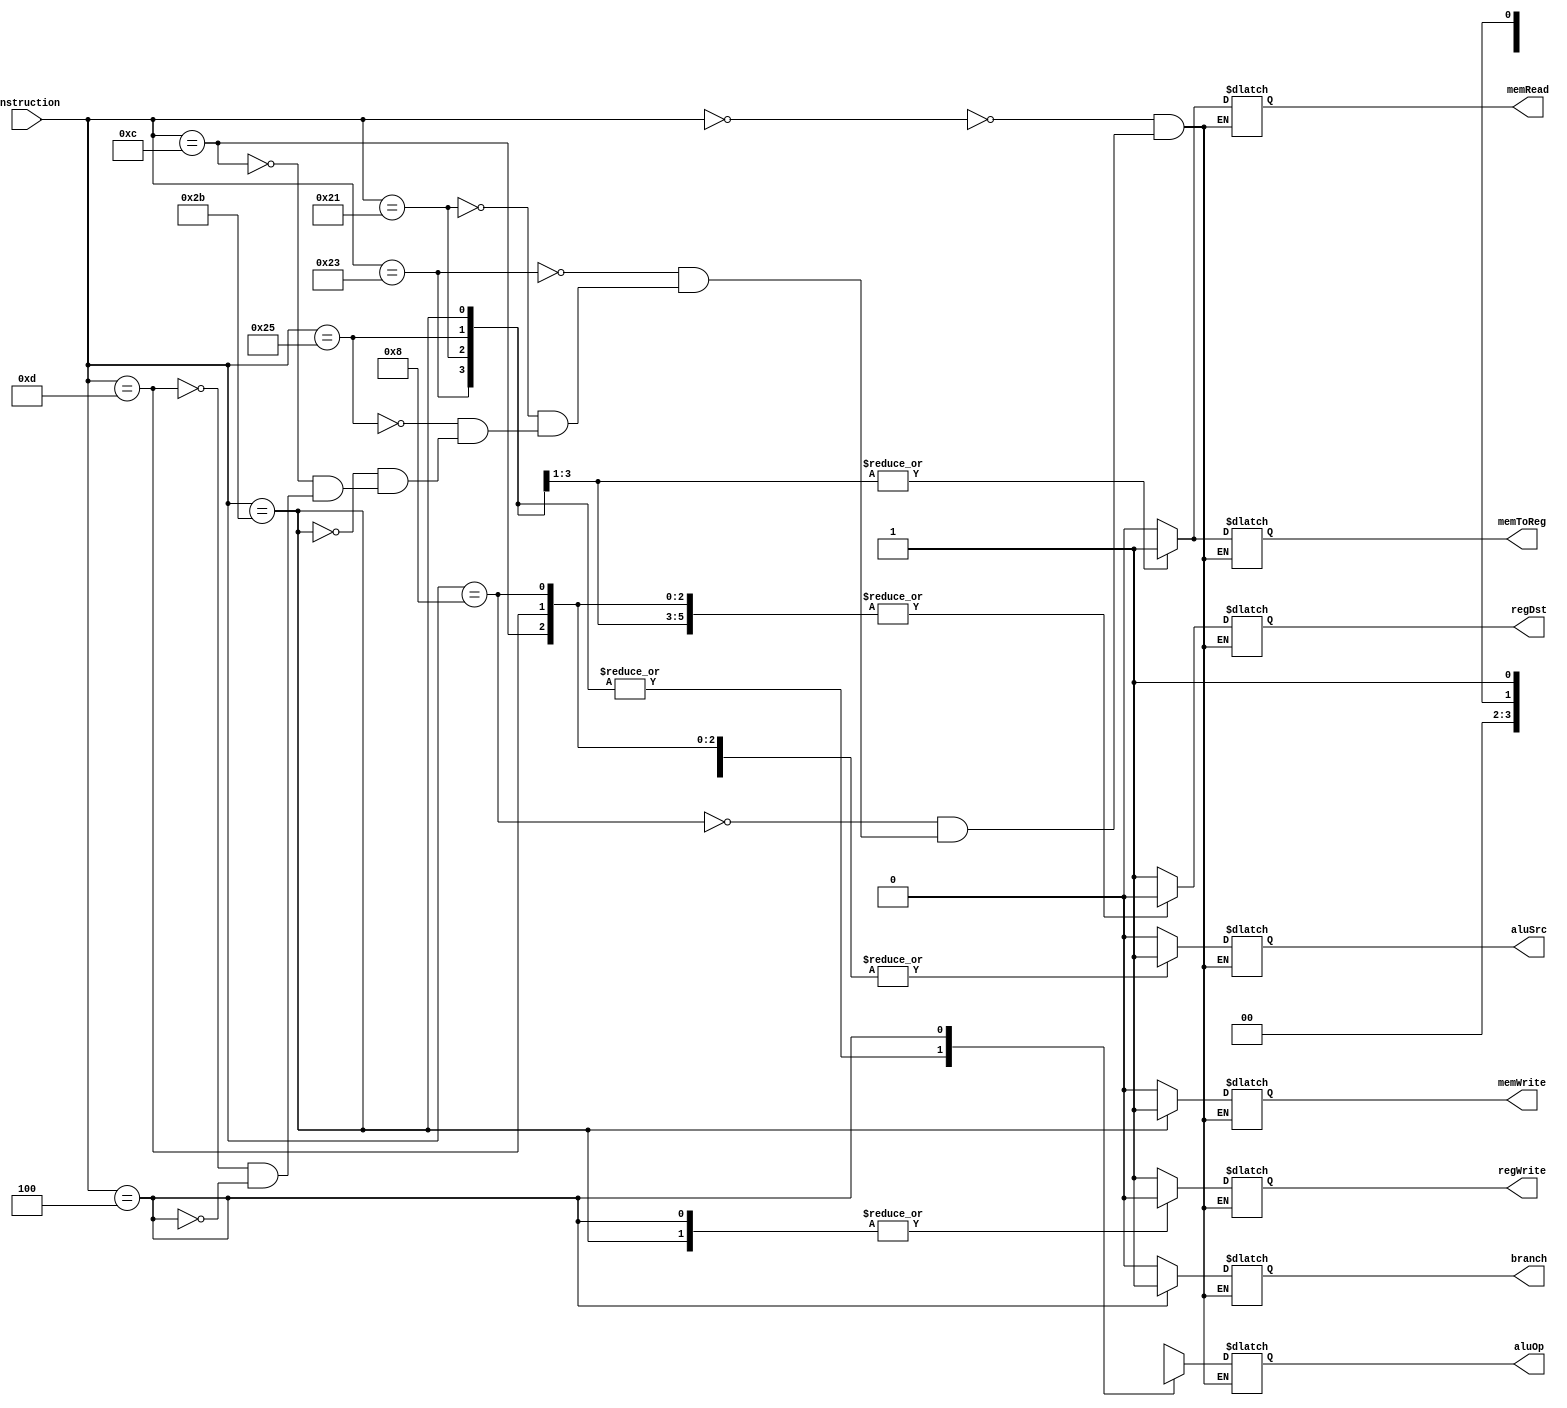
module control_unit (regDst, branch, memRead, memToReg,memWrite, aluSrc, regWrite, aluOp, instruction);
output reg regDst, branch, memRead, memToReg,memWrite, aluSrc, regWrite;
output reg [1:0] aluOp;
input [5:0] instruction;
	always@(instruction)
	begin
		case (instruction)
			/*Instructions: {ADD, SUB, SLL, SRL, AND, OR, SLT, SLTU} */
			6'h0: begin
						regDst <= 1; 
						branch <= 0; 
						memRead <= 0; 
						memToReg <= 0; 
						memWrite <= 0; 
						aluSrc <= 0; 
						regWrite <= 1; 
						aluOp <= 2'b1x;
					end
			/*Instruction: {ADDI}*/
			6'h8: begin
						regDst <= 0;
						branch <= 0; 
						memRead <= 0; 
						memToReg <= 0;
						memWrite <= 0; 
						aluSrc <= 1; 
						regWrite <= 1; 
						aluOp <= 2'b1x;
					end
			/*Instruction: {LW}*/
			6'h23:begin
						regDst <= 0; 
						branch <= 0; 
						memRead <= 1;
						memToReg <= 1; 
						memWrite <= 0; 
						aluSrc <= 1; 
						regWrite <= 1; 
						aluOp <= 2'b00;
					end
			/*Instruction: {LH}*/
			6'h21:begin
						regDst <= 0;
						branch <= 0; 
						memRead <= 1;
						memToReg <= 1; 
						memWrite <= 0; 
						aluSrc <= 1; 
						regWrite <= 1; 
						aluOp <= 2'b00;
					end
			/*Instruction: {LHU}*/
			6'h25:begin
						regDst <= 0;
						branch <= 0; 
						memRead <= 1;
						memToReg <= 1; 
						memWrite <= 0; 
						aluSrc <= 1; 
						regWrite <= 1; 
						aluOp <= 2'b00;
					end
			/*Instruction: {SW}*/
			6'h2B:begin
						regDst <= 1'bx;
						branch <= 0; 
						memRead <= 0;
						memToReg <= 1'bx; 
						memWrite <= 1; 
						aluSrc <= 1; 
						regWrite <= 0; 
						aluOp <= 2'b00;
					end
			/*Instruction: {ANDI}*/
			6'hC: begin
						regDst <= 0;	
						branch <= 0; 
						memRead <= 0; 
						memToReg <= 0;
						memWrite <= 0; 
						aluSrc <= 1; 
						regWrite <= 1; 
						aluOp <= 2'b1x;
					end
			/*Instruction: {ORI}*/
			6'hD: begin
						regDst <= 0;	
						branch <= 0; 
						memRead <= 0; 
						memToReg <= 0;
						memWrite <= 0; 
						aluSrc <= 1; 
						regWrite <= 1; 
						aluOp <= 2'b1x;
					end
			/*Instruction: {BEQ}*/
			6'h4: begin
						regDst <= 1'bx;
						branch <= 1; 
						memRead <= 0; 
						memToReg <= 1'bx;
						memWrite <= 0; 
						aluSrc <= 0; 
						regWrite <= 0; 
						aluOp <= 2'bx1;
					end
		endcase
	end
	
	
endmodule